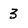
Character: 3